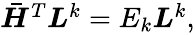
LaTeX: \begin{array}{r}{\boldsymbol{\bar{H}}^{T}{\boldsymbol{L}^{k}}=E_{k}{\boldsymbol{L}^{k}},}\end{array}